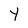
Character: Y